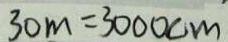
3 0 m = 3 0 0 0 c m